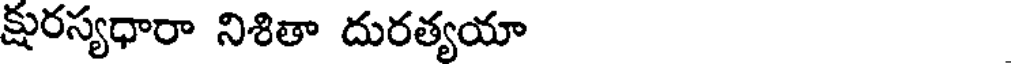
క్షురస్యధారా నిశితా దురత్యయా